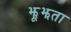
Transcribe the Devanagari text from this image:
झूझता